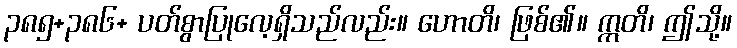
၃၈၅+၃၈၆+ ပတ်စွာပြုလေ့ရှိသည်လည်း။ ဟောတိ၊ ဖြစ်၏။ ဣတိ၊ ဤသို့။